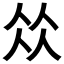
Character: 𠈌